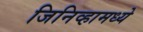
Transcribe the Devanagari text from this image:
जिनिव्हामध्ये